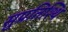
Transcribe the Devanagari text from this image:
सुप्रतिश्थि